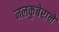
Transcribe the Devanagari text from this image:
नलकुबेराने